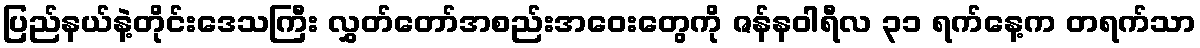
ပြည်နယ်နဲ့တိုင်းဒေသကြီး လွှတ်တော်အစည်းအဝေးတွေကို ဇန်နဝါရီလ ၃၁ ရက်နေ့က တရက်သာ